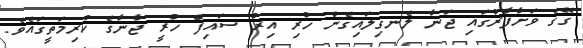
ގޭގެ ވަށާފާރުގައި ޖަނާ ލެނގިލައިގެން ހުރި އިރު ސައިފް ހުރީ ޖާނާގެ ކުރިމަތީގައެވެ.